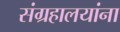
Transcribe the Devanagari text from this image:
संग्रहालयांना